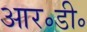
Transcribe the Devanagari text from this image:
आर॰डी॰